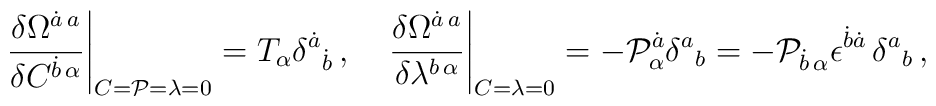
{\left.\frac{\delta\Omega^{\dot{a}\, a}}{\delta C^{\dot{b}\,\alpha}}\right\vert}_{C={\cal P}=\lambda=0}=T_\alpha\delta^{\dot{a}}{}_{\dot{b}} \, , \quad{\left.\frac{\delta\Omega^{\dot{a}\, a}}{\delta \lambda^{b\,\alpha}}\right\vert}_{C=\lambda=0}= -{\cal P}^{\dot{a}}_\alpha\delta^{a}{}_{b}=-{\cal P}_{\dot{b}\,\alpha}\epsilon^{\dot{b}\dot{a}}\,\delta^{a}{}_{b}\, ,